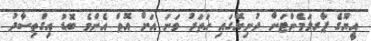
އީޔޫގެ ޕާރލަމެންޓަށް ދުނިޔޭގައި ހަތަރު ވަނަ އަށް އޮތް އެންމެ ބޮޑު އިގްތިސާދު